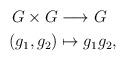
LaTeX: \begin{align*}G\times G&\longrightarrow G\\(g_1,g_2)&\mapsto g_1g_2,\end{align*}